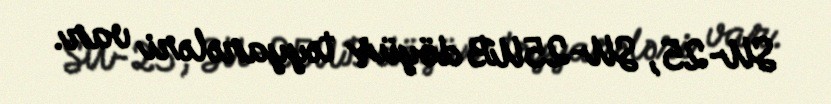
SU-25, SU-25UB döyüş təyyarələri var.